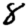
Digit: 8